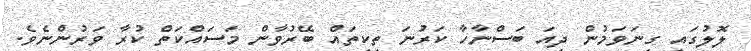
ލޮލުގައި ގިނަވަމުން ދިއަ ބަސްނާހާ ކަރުނަ ތިކިތައް ބޭރުވާން މަސައްކަތް ކުރާ ވަރުންނެވެ.